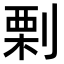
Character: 𠞉